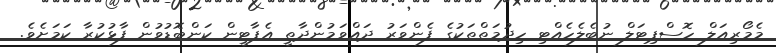
މެމޯރިއަލް ހޮސްޕިޓަލް ނުބެލެހެއްޓި ހިދުމަތްތަކުގެ ފެންވަރު ދައްވަމުންދާތީ އެޕާޓީން ކަންބޮޑުވުން ފާޅުކުރާ ކަމަށެވެ.